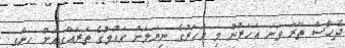
ދެހާސް ތޭރަ ވަނަ އަހަރުން މި އަހަރުގެ ނިޔަލަށް ގައުމުގެ ތަރައްގީއަށް ހިންގި